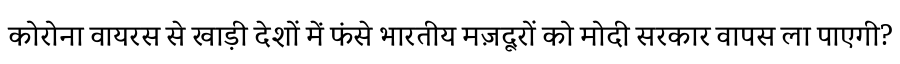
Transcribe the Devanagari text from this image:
कोरोना वायरस से खाड़ी देशों में फंसे भारतीय मज़दूरों को मोदी सरकार वापस ला पाएगी?